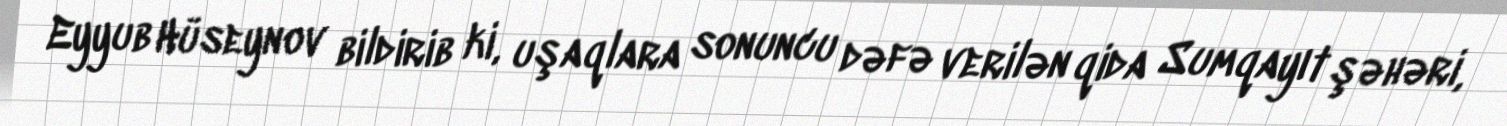
Eyyub Hüseynov bildirib ki, uşaqlara sonuncu dəfə verilən qida Sumqayıt şəhəri,